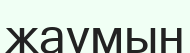
жаумын